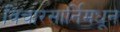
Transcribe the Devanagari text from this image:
विचारसार्निमधून